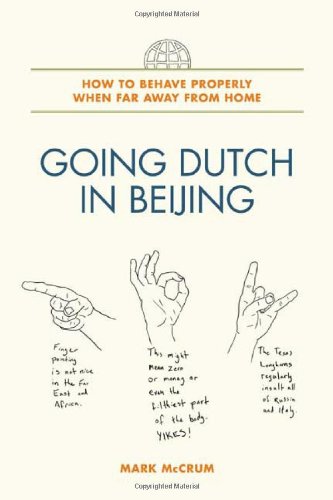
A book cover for Going Dutch in Beijing: How to Behave Properly When Far Away from Home; Mark McCrum; Travel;